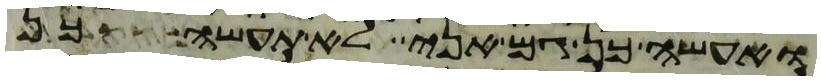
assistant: ואעשה כן גם אני לא תעשה כן